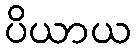
ပိယာယ